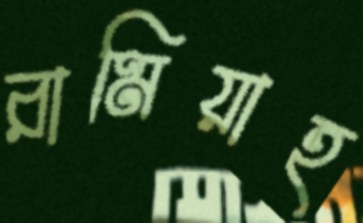
রামিয়াহ